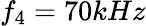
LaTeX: f_{4}=70kHz